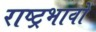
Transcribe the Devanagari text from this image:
राष्ट्रभावों